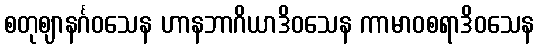
စတုဈာနင်္ဂဝသေန ဟာနဘာဂိယာဒိဝသေန ကာမာဝစရာဒိဝသေန